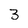
Character: 3